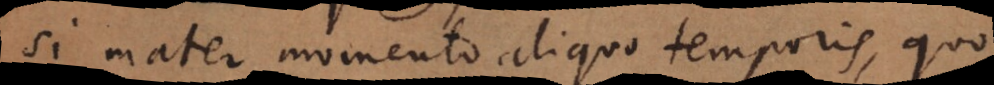
Si mater momento aliquo temporis, quo